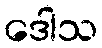
ဒေါသ